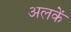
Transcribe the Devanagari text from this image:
अलकें